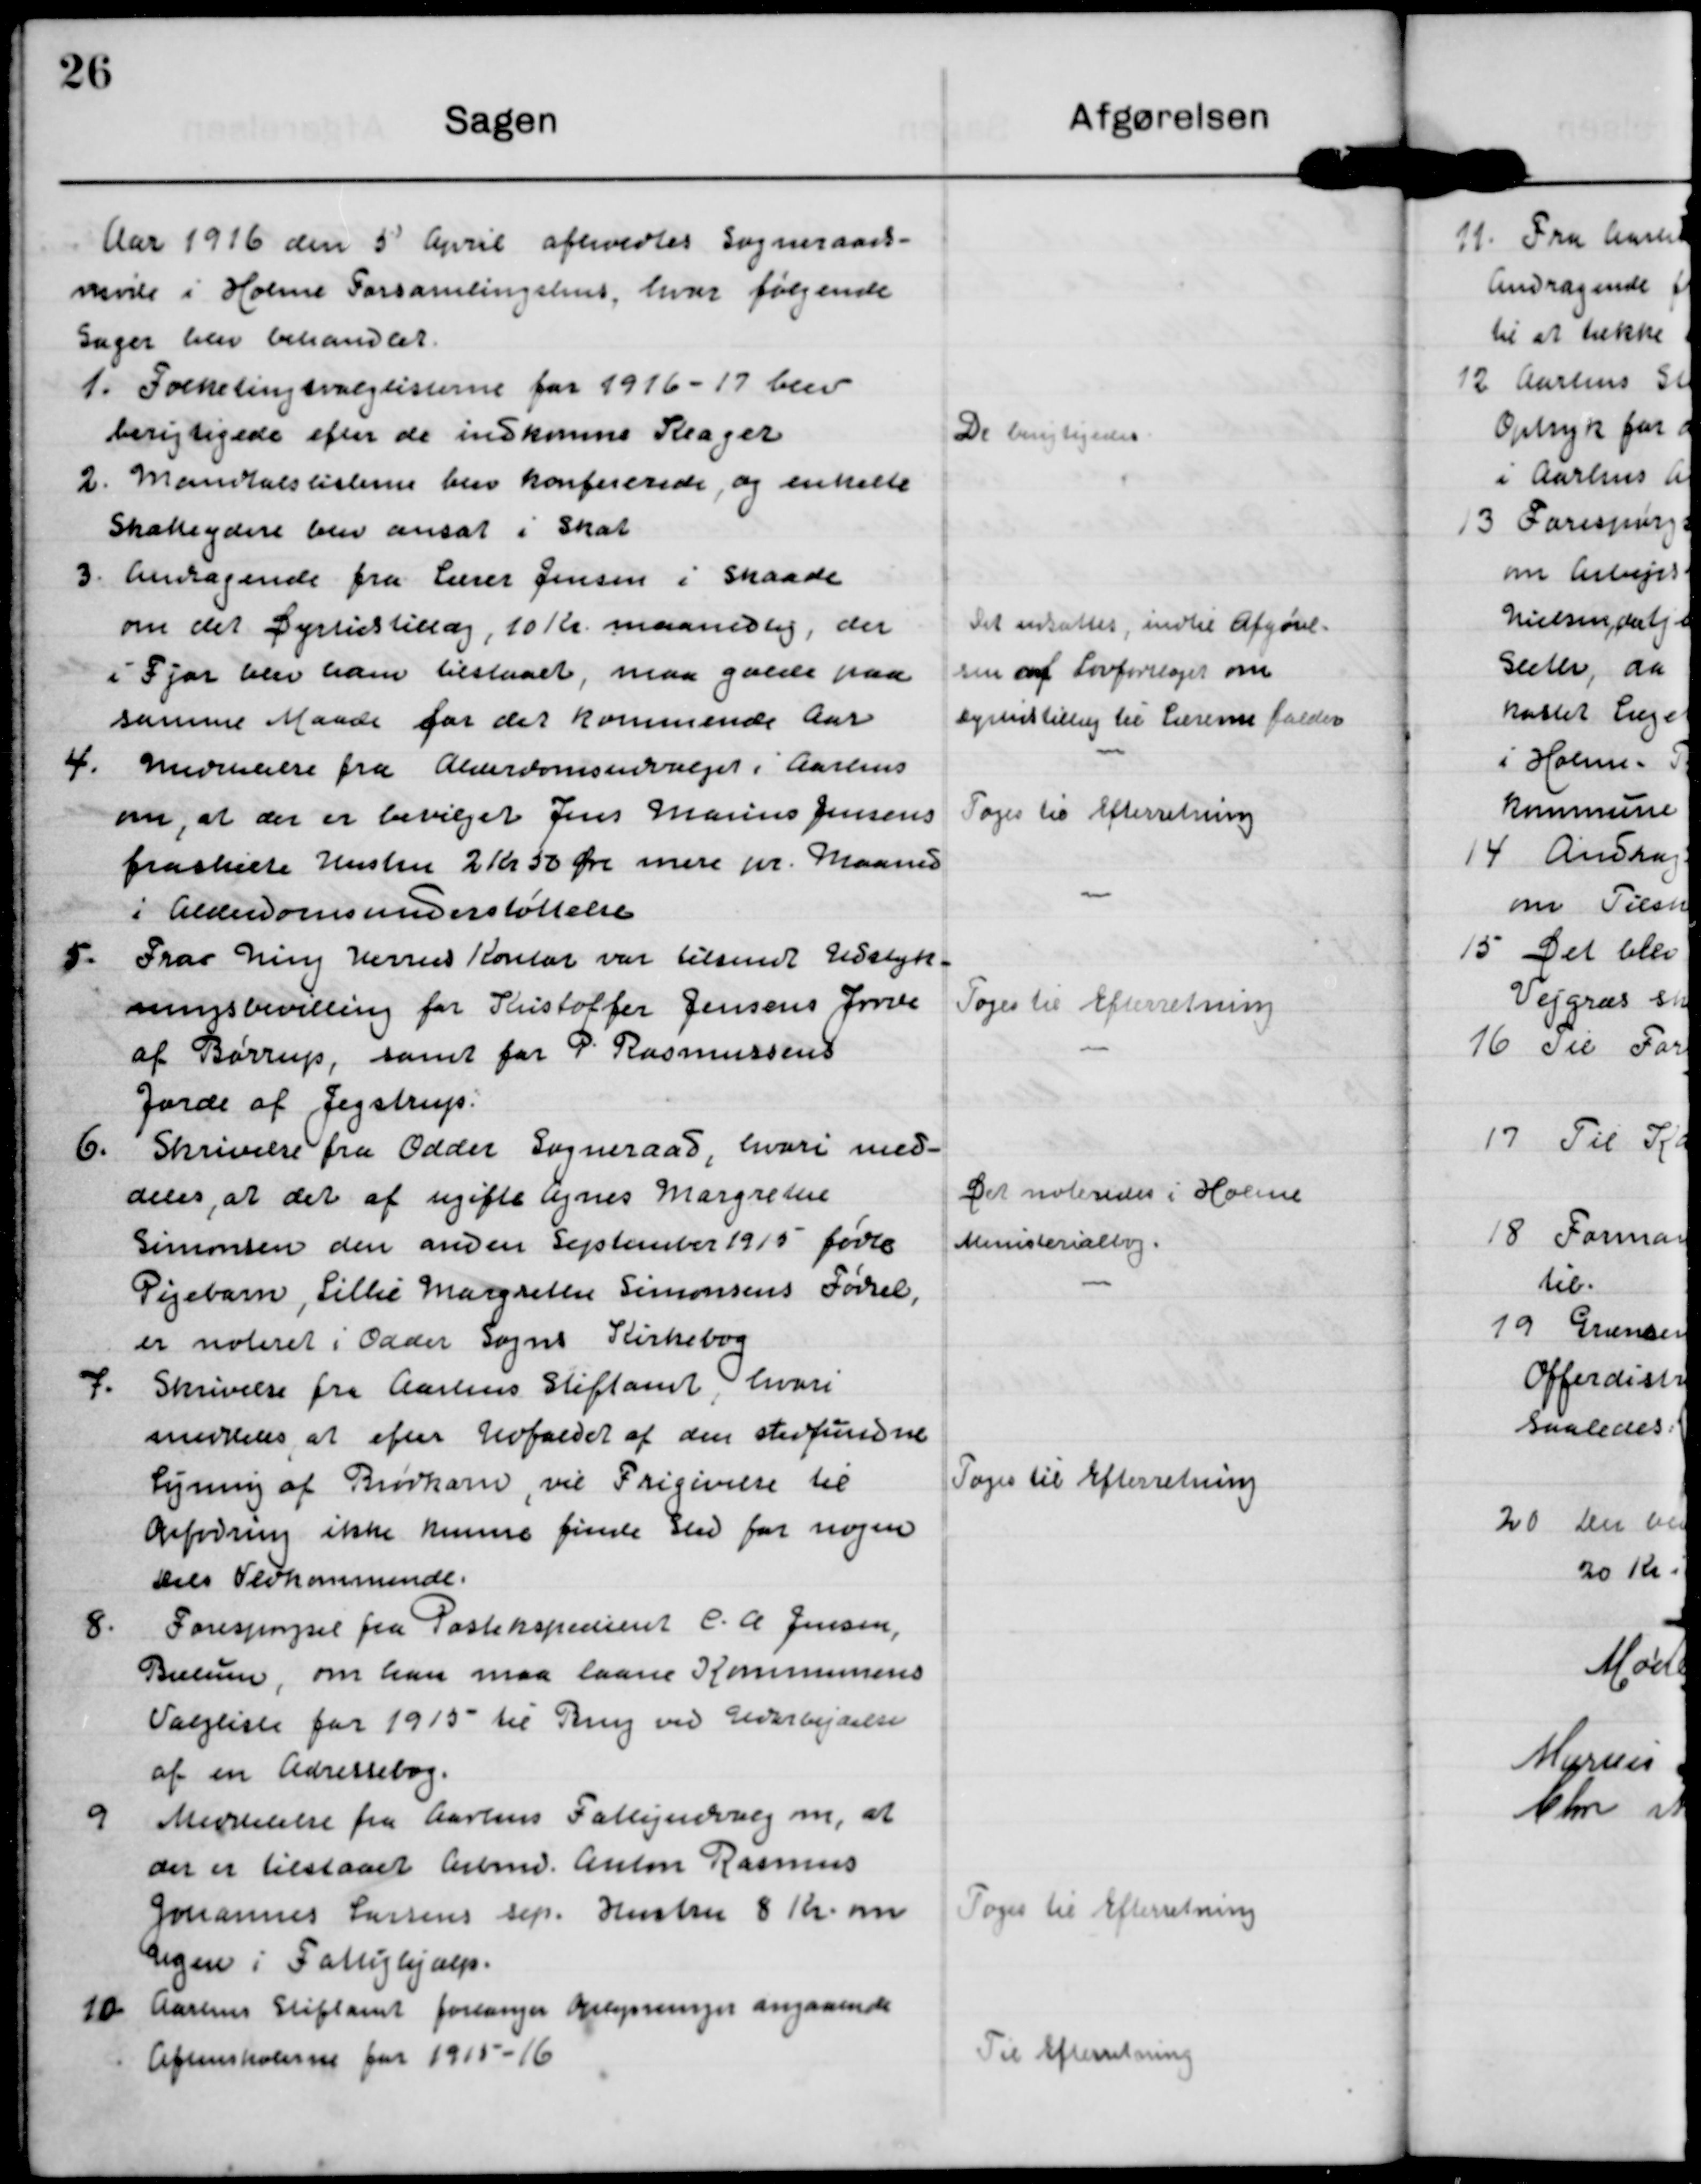
Transskription:
Aar 1916 den 5 April afholdtes Sogneraads-
møde i Holme Forsamlingshus, hvor følgende
Sager blev behandlet.

1. Folketingsvalglisterne for 1916-17 blev
berigtigede efter de indkomne Klager

De berigtigedes

2. Mandtalslisterne blev konfererede og enkelte
Skatteydere blev ansat i Skat

3. Andragende fra Lærer Jensen i Skaade
om det Dyrtidstillæg, 10 Kr maanedlig, der
i Fjor blev ham tilslaaet, maa gælde paa
samme Maade for det kommende Aar.

Det ersattes, indtil Afgørel-
sen af Lovforslaget om
Dyrtidstillæg til Lærerne falder

Medelelse fra Alderdomsudvalget i Aarhus
om, at der er bevilget Jens Marius Jensens
fraskilte Hustru 2 Kr 50 Øre mere pr. Maaned
i Alderdomsunderstøttelse.

Tages til Efterretning

5. Frar Ning Herred Kontor var tilsendt Udstyk-
ningsbevilling for Kristoffer Jensens Jorde
af Børrup, samt for P. Rasmussens
Jorde af Jegstrup.

Toges til Efterretning.

6. Skrivelse fra Odder Sogneraad, hvori med-
deles, at det af ugifte Agnes Margrethe
Simonsen den anden September 1915 fødte
Pigebarn, Lillie Margrethe Sionsens Fødsel,
er noteret i Odder Sogns Kirkebog

Det noteredes i Holme
Ministerialbog.

7. Skrivelse fra Aarhus Stiftamt, hvori
meddeles, at for Udfaldet af den stedfundne
Ligning af Brødkorn, vil Frigivelse til
Opfodring ikke kunne finde sted for nogen
her Vedkommende.

Tages til Efterretning.

8. Forespørgsel fra Postekspedient C.A. Jensen
Billum, om han maa laane Kommunens
Valgliste for 1915 til Brug ved Udarbejdelse
af en Adressebog.

9 Meddelelse fra Aarhus Fattigudvalg om, at
der er tilslaaet Arbmd. Anton Rasmus
Johannes Larsens sep. Hustrup 8 Kr om
ugen i Fattighjælp.

Toges til Efterretning

10. Aarhus Stiftamt forlanger Oplysninger angaaende
Aftenskolerne for 1915-16

Til Efterretning